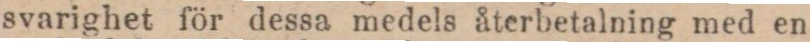
svarighet för dessa medels återbetalning med en